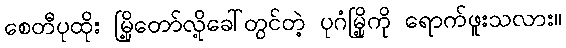
စေတီပုထိုး မြို့တော်လို့ခေါ်တွင်တဲ့ ပုဂံမြို့ကို ရောက်ဖူးသလား။